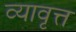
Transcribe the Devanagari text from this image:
व्यावृत्त